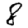
Digit: 8